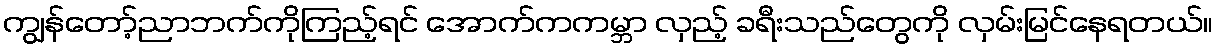
ကျွန်တော့်ညာဘက်ကိုကြည့်ရင် အောက်ကကမ္ဘာ လှည့် ခရီးသည်တွေကို လှမ်းမြင်နေရတယ်။